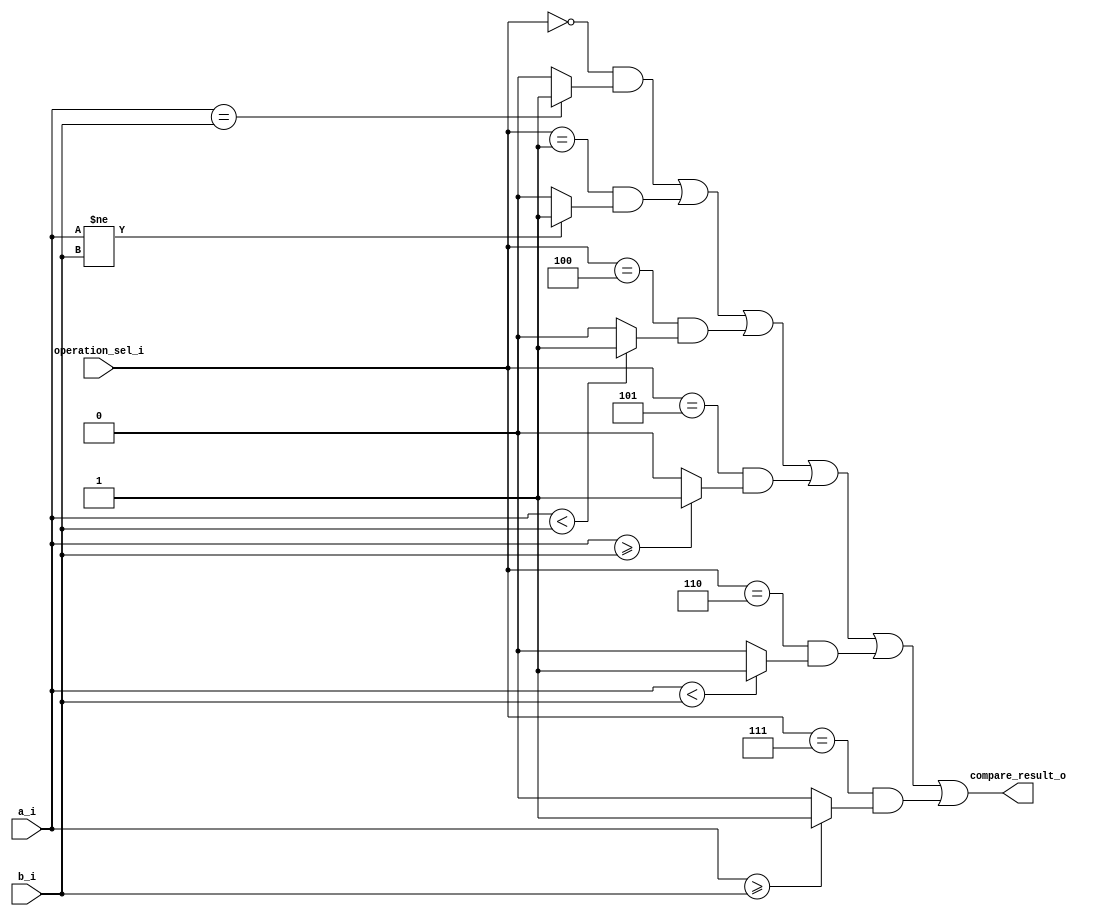
module bcu#(parameter XLEN = 32)
(
    input  [XLEN-1 : 0] a_i,
    input  [XLEN-1 : 0] b_i,
    input  [ 2 : 0]     operation_sel_i,
    output              compare_result_o
);

wire signed [XLEN-1 : 0] signed_a = a_i;
wire signed [XLEN-1 : 0] signed_b = b_i;

wire result_beq  = (a_i == b_i) ? 1 : 0;
wire result_bne  = (a_i != b_i) ? 1 : 0;
wire result_blt  = (signed_a < signed_b) ? 1 : 0;
wire result_bge  = (signed_a >= signed_b) ? 1 : 0;
wire result_bltu = (a_i < b_i) ? 1 : 0;
wire result_bgeu = (a_i >= b_i) ? 1 : 0;

wire operation_beq = (operation_sel_i == 3'b000);
wire operation_bne = (operation_sel_i == 3'b001);
wire operation_blt = (operation_sel_i == 3'b100);
wire operation_bge = (operation_sel_i == 3'b101);
wire operation_bltu = (operation_sel_i == 3'b110);
wire operation_bgeu = (operation_sel_i == 3'b111);

assign compare_result_o =
       (operation_beq & result_beq )
       | (operation_bne & result_bne )
       | (operation_blt & result_blt )
       | (operation_bge & result_bge )
       | (operation_bltu & result_bltu)
       | (operation_bgeu & result_bgeu);

endmodule